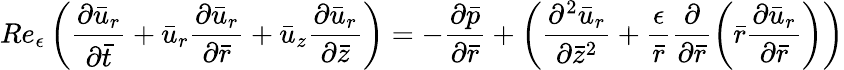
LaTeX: Re_{\epsilon}\left(\frac{{\partial}\bar{u}_{r}}{{\partial}\bar{t}}+\bar{u}_{r}\frac{{\partial}\bar{u}_{r}}{{\partial}\bar{r}}+\bar{u}_{z}\frac{{\partial}\bar{u}_{r}}{{\partial}\bar{z}}\right)=-\frac{{\partial}\bar{p}}{{\partial}\bar{r}}+\left(\frac{{\partial}^{2}\bar{u}_{r}}{{\partial}\bar{z}^{2}}+\frac{\epsilon}{\bar{r}}\frac{{\partial}}{{\partial}\bar{r}}\left(\bar{r}\frac{{\partial}\bar{u}_{r}}{{\partial}\bar{r}}\right)\right)